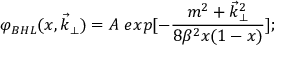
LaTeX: \varphi _ { B H L } ( x , \vec { k } _ { \perp } ) = A \; e x p [ - \frac { m ^ { 2 } + \vec { k } _ { \perp } ^ { 2 } } { 8 \beta ^ { 2 } x ( 1 - x ) } ] ;